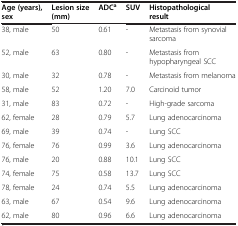
<table><thead><tr><td><b>Age (years), sex</b></td><td><b>Lesion size (mm)</b></td><td><b>ADC<sup>a</sup></b></td><td><b>SUV</b></td><td><b>Histopathological result</b></td></tr></thead><tbody><tr><td>38, male</td><td>50</td><td>0.61</td><td>-</td><td>Metastasis from synovial sarcoma</td></tr><tr><td>52, male</td><td>63</td><td>0.80</td><td>-</td><td>Metastasis from hypopharyngeal SCC</td></tr><tr><td>30, male</td><td>32</td><td>0.78</td><td>-</td><td>Metastasis from melanoma</td></tr><tr><td>58, male</td><td>52</td><td>1.20</td><td>7.0</td><td>Carcinoid tumor</td></tr><tr><td>31, male</td><td>83</td><td>0.72</td><td>-</td><td>High-grade sarcoma</td></tr><tr><td>62, female</td><td>28</td><td>0.79</td><td>5.7</td><td>Lung adenocarcinoma</td></tr><tr><td>69, male</td><td>39</td><td>0.74</td><td>-</td><td>Lung SCC</td></tr><tr><td>76, female</td><td>76</td><td>0.99</td><td>3.6</td><td>Lung adenocarcinoma</td></tr><tr><td>76, male</td><td>20</td><td>0.88</td><td>10.1</td><td>Lung SCC</td></tr><tr><td>74, female</td><td>75</td><td>0.58</td><td>13.7</td><td>Lung SCC</td></tr><tr><td>78, female</td><td>24</td><td>0.74</td><td>5.5</td><td>Lung adenocarcinoma</td></tr><tr><td>63, male</td><td>67</td><td>0.54</td><td>9.6</td><td>Lung adenocarcinoma</td></tr><tr><td>62, male</td><td>80</td><td>0.96</td><td>6.6</td><td>Lung adenocarcinoma</td></tr></tbody></table>